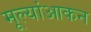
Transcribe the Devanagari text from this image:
मूल्यांआकन